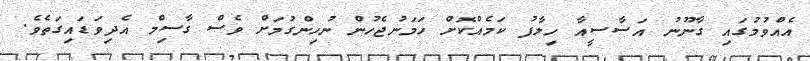
އެއްވުމުގައި ގާނޫނު އަސާސީއާ ހިލާފު ކަމެއްކޮށް ހަމަނުޖެހުން ނުހިންގުމަށް ވެސް ގާސިމް އެދިވަޑައިގަތެވެ.